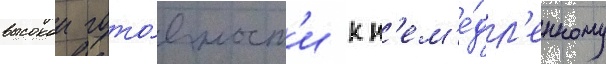
высокои гото́вност'и к н'ем'е́дл'енному